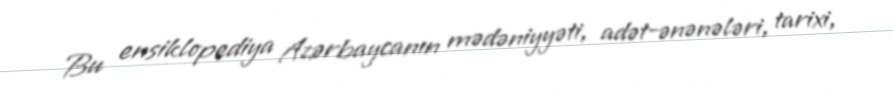
Bu ensiklopediya Azərbaycanın mədəniyyəti, adət-ənənələri, tarixi,